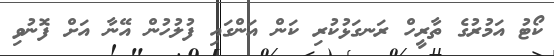
ކޯޓު އަމުރުގެ ތާރީހް ރަނގަޅުކުރި ކަން އަންގައި ފުލުހުން އޭނާ އަށް ފޮނުވި